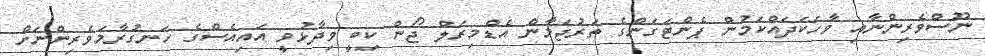
ނޫސްވެރިންނާއި ވާހަކަދައްކަމުން ޕެންޓަގަންގެ ތަރުޖަމާން އެޑްމިރަލް ޖޯން ކިބީ ވިދާޅުވީ އައިއެސްގެ ހަނގުރާމަވެރިންނަށް